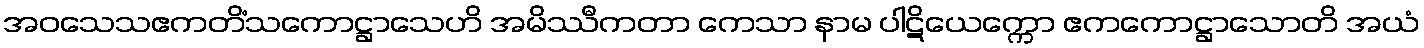
အဝသေသဧကတိံသကောဋ္ဌာသေဟိ အမိဿီကတာ ကေသာ နာမ ပါဋိယေက္ကော ဧကကောဋ္ဌာသောတိ အယံ